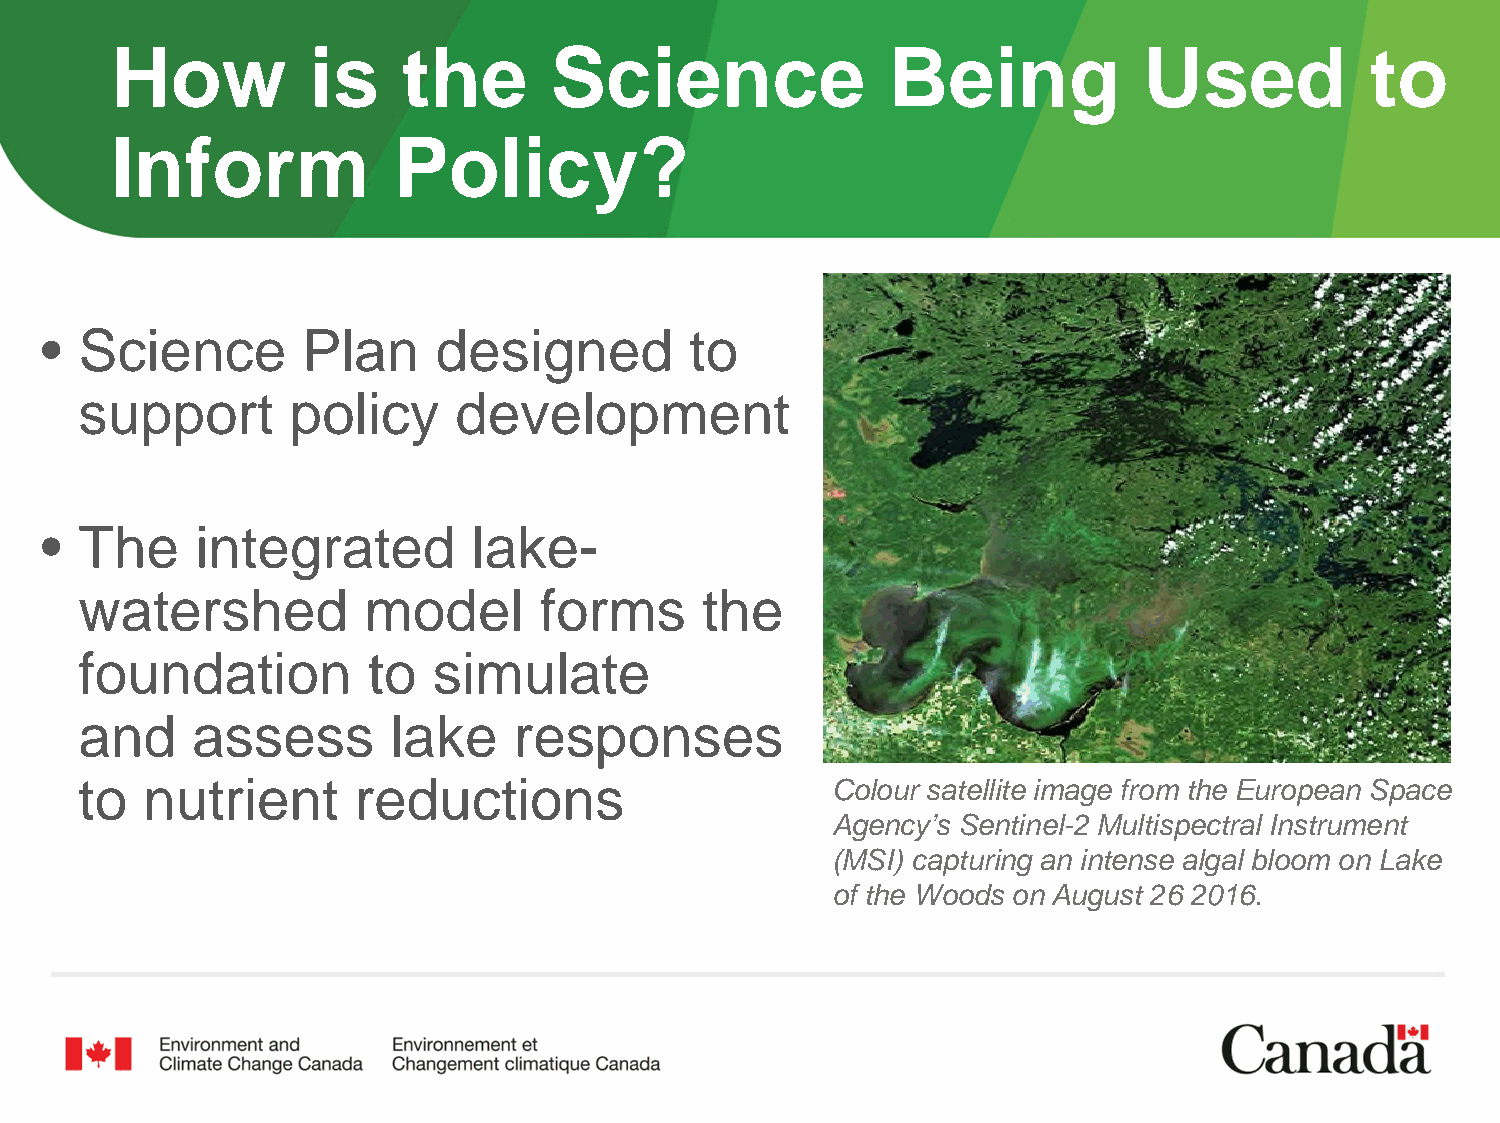
How           is    the      Science                Being            Used           to
 Inform             Policy?
 • Science        Plan     designed         to
 support       policy     development
 • The     integrated        lake-
 watershed          model       forms     the
 foundation         to   simulate
 and     assess       lake    responses
 to  nutrient      reductions                      Colour satellite image from the European Space
 Agency’s Sentinel-2 Multispectral Instrument
 (MSI) capturing an intense algal bloom on Lake
 of the Woods on August 26 2016.